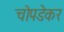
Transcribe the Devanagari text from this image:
चोपडेकर